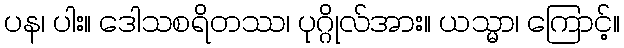
ပန၊ ပါး။ ဒေါသစရိတဿ၊ ပုဂ္ဂိုလ်အား။ ယသ္မာ၊ ကြောင့်။